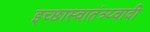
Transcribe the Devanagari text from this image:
इच्छास्वातंत्र्य्वादी